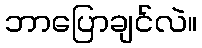
ဘာပြောချင်လဲ။